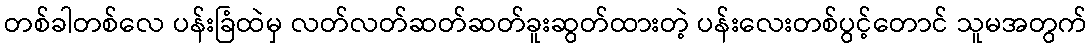
တစ်ခါတစ်လေ ပန်းခြံထဲမှ လတ်လတ်ဆတ်ဆတ်ခူးဆွတ်ထားတဲ့ ပန်းလေးတစ်ပွင့်တောင် သူမအတွက်